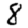
Digit: 8